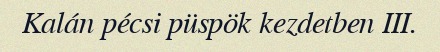
Kalán pécsi püspök kezdetben III.